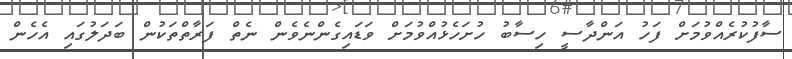
ސާފުކުރެއްވުމަށް ފަހު އަންދާސީ ހިސާބު ހުށަހެޅުއްވުމަށް ވަޑައިގެންނެވެން ނެތް ފަރާތްތަކުން ބަދަލުގައި އެހެން